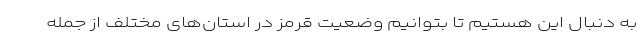
به دنبال این هستیم تا بتوانیم وضعیت قرمز در استان‌های مختلف از جمله